Indian journal of veterinary science and animal husbandry - Volumes 26-27, 1956-1957
Year: 1956
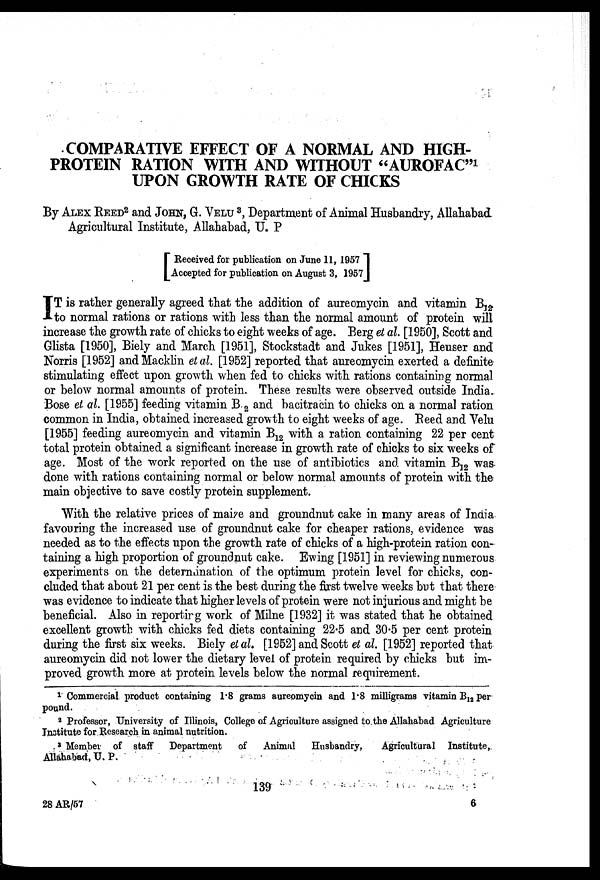
COMPARATIVE EFFECT OF A NORMAL AND HIGH-
PROTEIN RATION WITH AND WITHOUT "AUROFAC" 1
UPON GROWTH RATE OF CHICKS
By ALEX REED2 and JOHN, G. VELU 3 , Department of Animal Husbandry, Allahabad
Agricultural Institute, Allahabad, U. P
[Received for publication on June 11, 1957
Accepted for publication on August 3, 1957]
I T is rather generally agreed that the addition of aureomycin and vitamin B 12
to normal rations or rations with less than the normal amount of protein will
increase the growth rate of chicks to eight weeks of age. Berg et al. [1950], Scott and
Glista [1950], Biely and March [1951], Stockstadt and Jukes [1951], Heuser and
Norris [1952] and Macklin et al. [1952] reported that aureomycin exerted a definite
stimulating effect upon growth when fed to chicks with rations containing normal
or below normal amounts of protein. These results were observed outside India.
Bose et al. [1955] feeding vitamin B 2 and bacitracin to chicks on a normal ration
common in India, obtained increased growth to eight weeks of age. Reed and Velu
[1955] feeding aureomycin and vitamin B 12 with a ration containing 22 per cent
total protein obtained a significant increase in growth rate of chicks to six weeks of
age. Most of the work reported on the use of antibiotics and vitamin B 12 was
done with rations containing normal or below normal amounts of protein with the
main objective to save costly protein supplement.
With the relative prices of maize and groundnut cake in many areas of India
favouring the increased use of groundnut cake for cheaper rations, evidence was
needed as to the effects upon the growth rate of chicks of a high-protein ration con-
taining a high proportion of groundnut cake. Ewing [1951] in reviewing numerous
experiments on the determination of the optimum protein level for chicks, con-
cluded that about 21 per cent is the best during the first twelve weeks but that there
was evidence to indicate that higher levels of protein were not injurious and might be
beneficial. Also in reportirg work of Milne [1932] it was stated that he obtained
excellent growth with chicks fed diets containing 22.5 and 30.5 per cent protein
during the first six weeks. Biely et al. [1952] and Scott et al. [1952] reported that
aureomycin did not lower the dietary level of protein required by chicks but im-
proved growth more at protein levels below the normal requirement.
1 Commercial product containing 1.8 grams aureomycin and 1.8 milligrams vitamin B 12 per
pound.
2 Professor, University of Illinois, College of Agriculture assigned to the Allahabad Agriculture
Institute for Research in animal nutrition.
3 Member of staff
Department
of
Animal Husbandry,
Agricultural Institute,
Allahabad, U. P.
139
28 AR/57
6